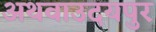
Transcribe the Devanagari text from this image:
अथवाउदयपुर